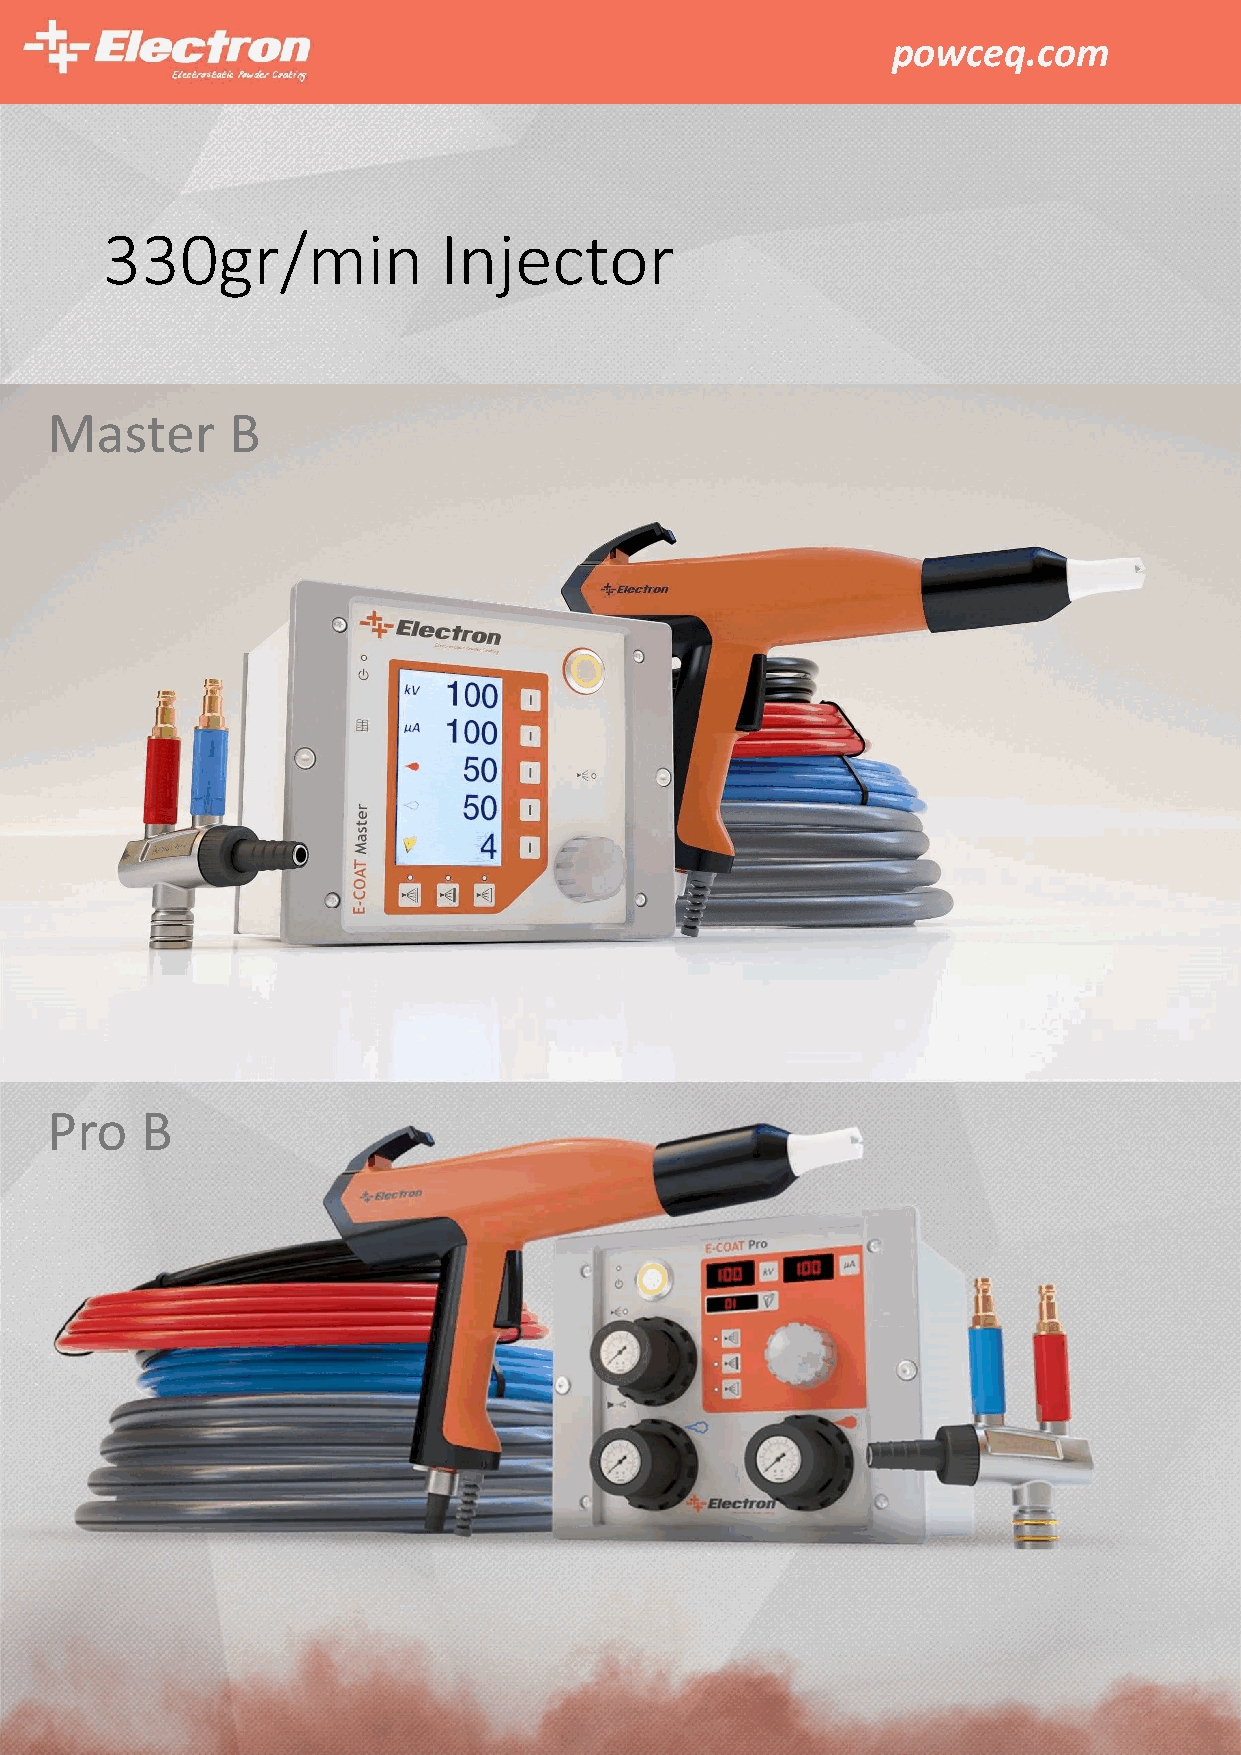
powceq.com
 330gr/min             Injector
 Master      B
 Pro   B